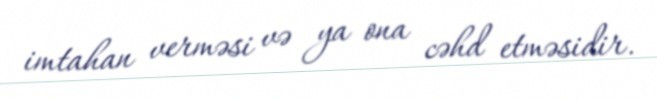
imtahan verməsi və ya ona cəhd etməsidir.